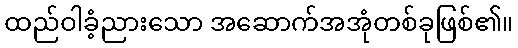
ထည်ဝါခံ့ညားသော အဆောက်အအုံတစ်ခုဖြစ်၏။